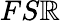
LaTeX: FS\mathbb{R}